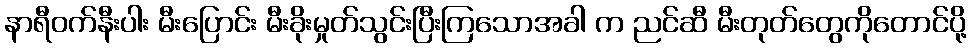
နာရီဝက်နီးပါး မီးပြောင်း မီးခိုးမှုတ်သွင်းပြီးကြသောအခါ က ညင်ဆီ မီးတုတ်တွေကိုတောင်ပို့